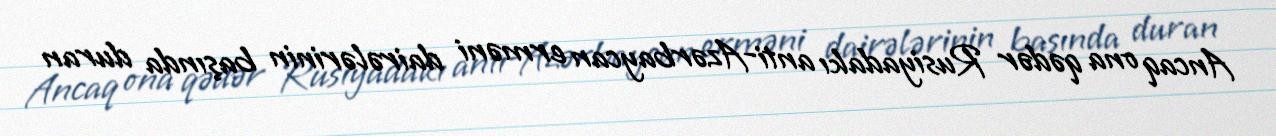
Ancaq ona qədər Rusiyadakı anti-Azərbaycan erməni dairələrinin başında duran